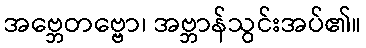
အဗ္ဘေတဗ္ဗော၊ အဗ္ဘာန်သွင်းအပ်၏။